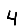
Digit: 4